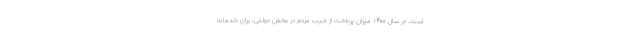
است. در سال ۱۴۰۰ میزان پرداخت از جیب مردم در بخش دولتی، برای خدمات